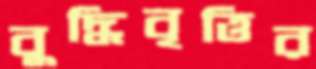
বুদ্ধিবৃত্তির